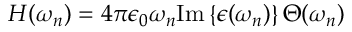
H ( \omega _ { n } ) = 4 \pi \epsilon _ { 0 } \omega _ { n } \mathrm { I m } \left\{ \epsilon ( \omega _ { n } ) \right\} \Theta ( \omega _ { n } )